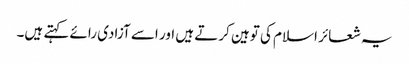
یہ شعائر اسلام کی توہین کرتے ہیں اور اسے آزادی رائے کہتے ہیں۔